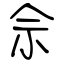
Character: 佘